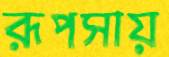
রূপসায়